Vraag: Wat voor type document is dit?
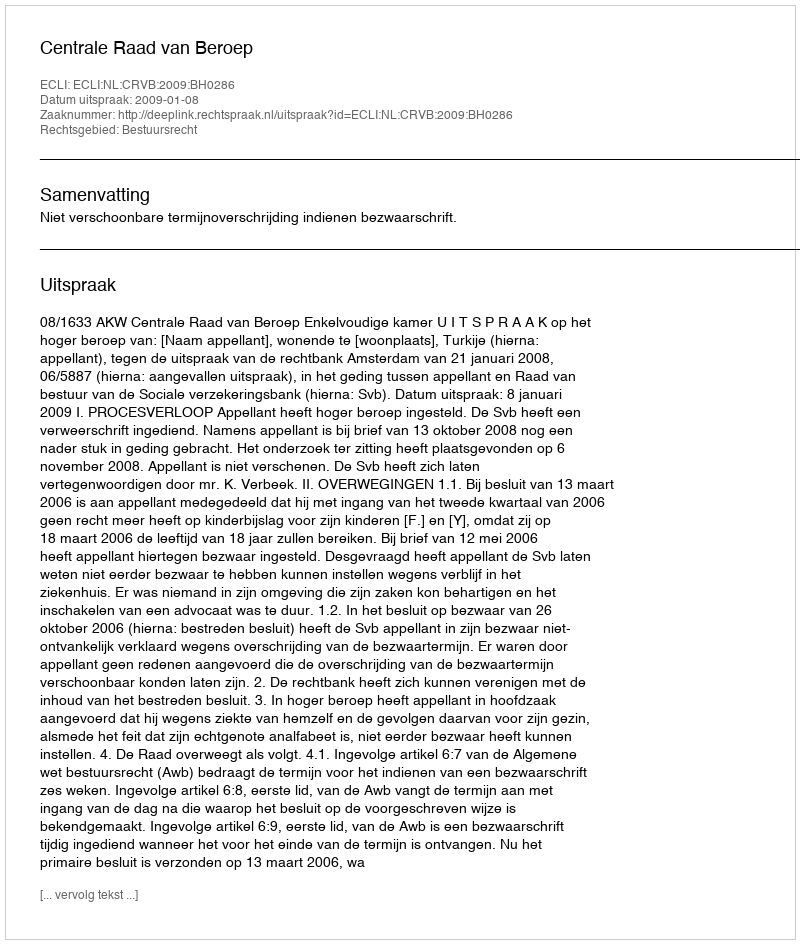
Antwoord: Uitspraak